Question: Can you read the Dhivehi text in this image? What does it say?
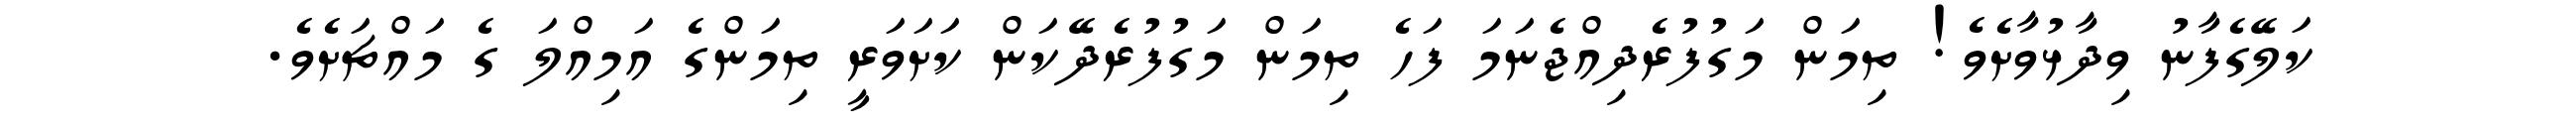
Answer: ކަލޭގެފާނު ވިދާޅުވާށެވެ! ތިމަން މަގުފުރެދިއްޖެނަމަ ފަހެ ތިމަން މަގުފުރެދޭކަން ކަށަވަރީ ތިމަންގެ އަމިއްލަ ގެ މައްޗަށެވެ.